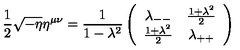
{ \frac { 1 } { 2 } } \sqrt { - \eta } \eta ^ { \mu \nu } = { \frac { 1 } { 1 - \lambda ^ { 2 } } } \left( \begin{array} { c c } { { \lambda _ { -- } } } & { { { \frac { 1 + \lambda ^ { 2 } } { 2 } } } } \\ { { { \frac { 1 + \lambda ^ { 2 } } { 2 } } } } & { { \lambda _ { + + } } } \\ \end{array} \right)